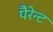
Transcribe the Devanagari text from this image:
पैरेन्ट